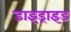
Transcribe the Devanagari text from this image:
डाइड्राइड